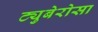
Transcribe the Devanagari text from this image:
ट्युबेरोसा